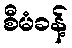
စီမံခန့်